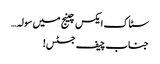
سٹاک ایکس چینج میں سولہ…
جناب چیف جسٹس!